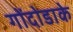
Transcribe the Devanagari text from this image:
गोंदोडाके